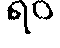
ရဝ